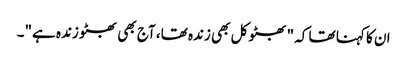
ان کا کہنا تھا کہ "بھٹو کل بھی زندہ تھا، آج بھی بھٹو زندہ ہے"۔